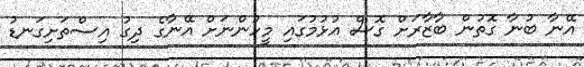
އޭނާ ބުނާ ގޮތުން ބާޒާރަށް ގޮސް އުޅުމުގައި މީހުންނަށް އޭނާގެ ދިގު އިސްތަށިގަނޑު